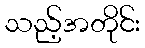
သည့်အတိုင်း